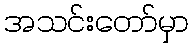
အသင်းတော်မှာ